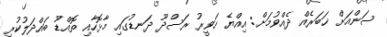
ސަންއަށް ޚަބަރެއް ދެއްވުމަށް: އިއްޔެ ހަވީރު ރަސްދޫ ދަނޑުގައި މާޅޮހާއި ތޮއްޑޫ ބައްދަލުކުރި